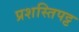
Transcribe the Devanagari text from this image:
प्रशस्तिपट्ट